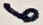
Text: 6